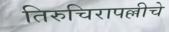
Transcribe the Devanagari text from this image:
तिरुचिरापल्लीचे